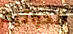
الجراثيم